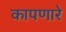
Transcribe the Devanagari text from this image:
कापणारे